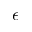
\epsilon